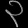
Digit: ၃